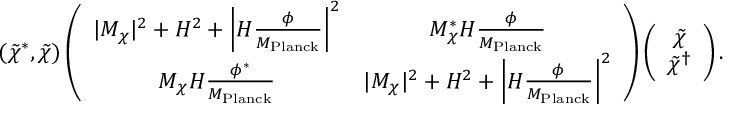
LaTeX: ( \tilde { \chi } ^ { * } , \tilde { \chi } ) \left( \begin{array} { c c } { { | M _ { \chi } | ^ { 2 } + H ^ { 2 } + \left| H \frac { \phi } { M _ { \mathrm { P l a n c k } } } \right| ^ { 2 } } } & { { M _ { \chi } ^ { * } H \frac { \phi } { M _ { \mathrm { P l a n c k } } } } } \\ { { M _ { \chi } H \frac { \phi ^ { * } } { M _ { \mathrm { P l a n c k } } } } } & { { | M _ { \chi } | ^ { 2 } + H ^ { 2 } + \left| H \frac { \phi } { M _ { \mathrm { P l a n c k } } } \right| ^ { 2 } } } \end{array} \right) \left( \begin{array} { c } { { \tilde { \chi } } } \\ { { \tilde { \chi } ^ { \dagger } } } \end{array} \right) .